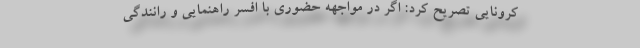
کرونایی تصریح کرد: اگر در مواجهه حضوری با افسر راهنمایی و رانندگی